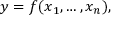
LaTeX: y = f ( x _ { 1 } , \dots , x _ { n } ) ,